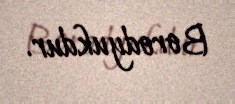
Borodyukdur.